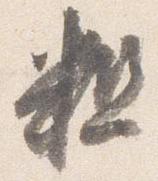
粗